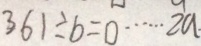
3 6 1 \div b = \square \cdots 2 a .